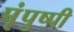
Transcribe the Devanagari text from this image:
पृंपुष्पी